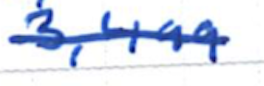
Text: 3,499
Cross-out: single-line
Writing tool: ballpoint